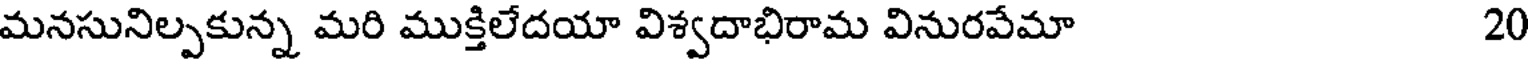
మనసునిల్పకున్న మరి ముక్తిలేదయా విశ్వదాభిరామ వినురవేమా 20